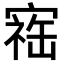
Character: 𪧥